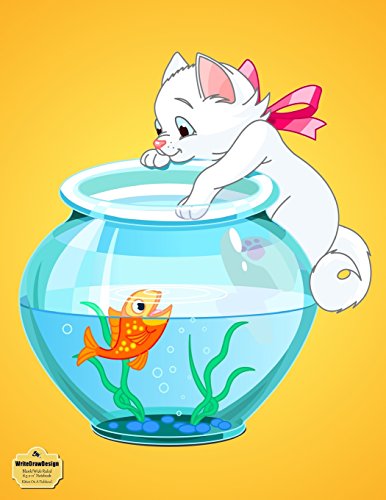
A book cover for WriteDrawDesign Notebook, Blank/Wide Ruled, 8.5 x 11", Kitten On A Fishbowl (Critter Collection); WriteDrawDesign; Business & Money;